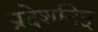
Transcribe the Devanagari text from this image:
प्रदेशनिष्ठ्